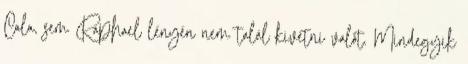
Cala, sem Raphael lényén nem talál kivetni valót. Mindegyik